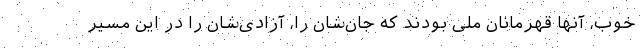
خوب، آنها قهرمانان ملی بودند که جان‌شان را، آزادی‌شان را در این مسیر